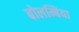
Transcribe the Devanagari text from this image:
बोलम्बिया